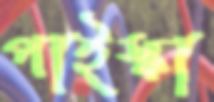
পাইস্কা